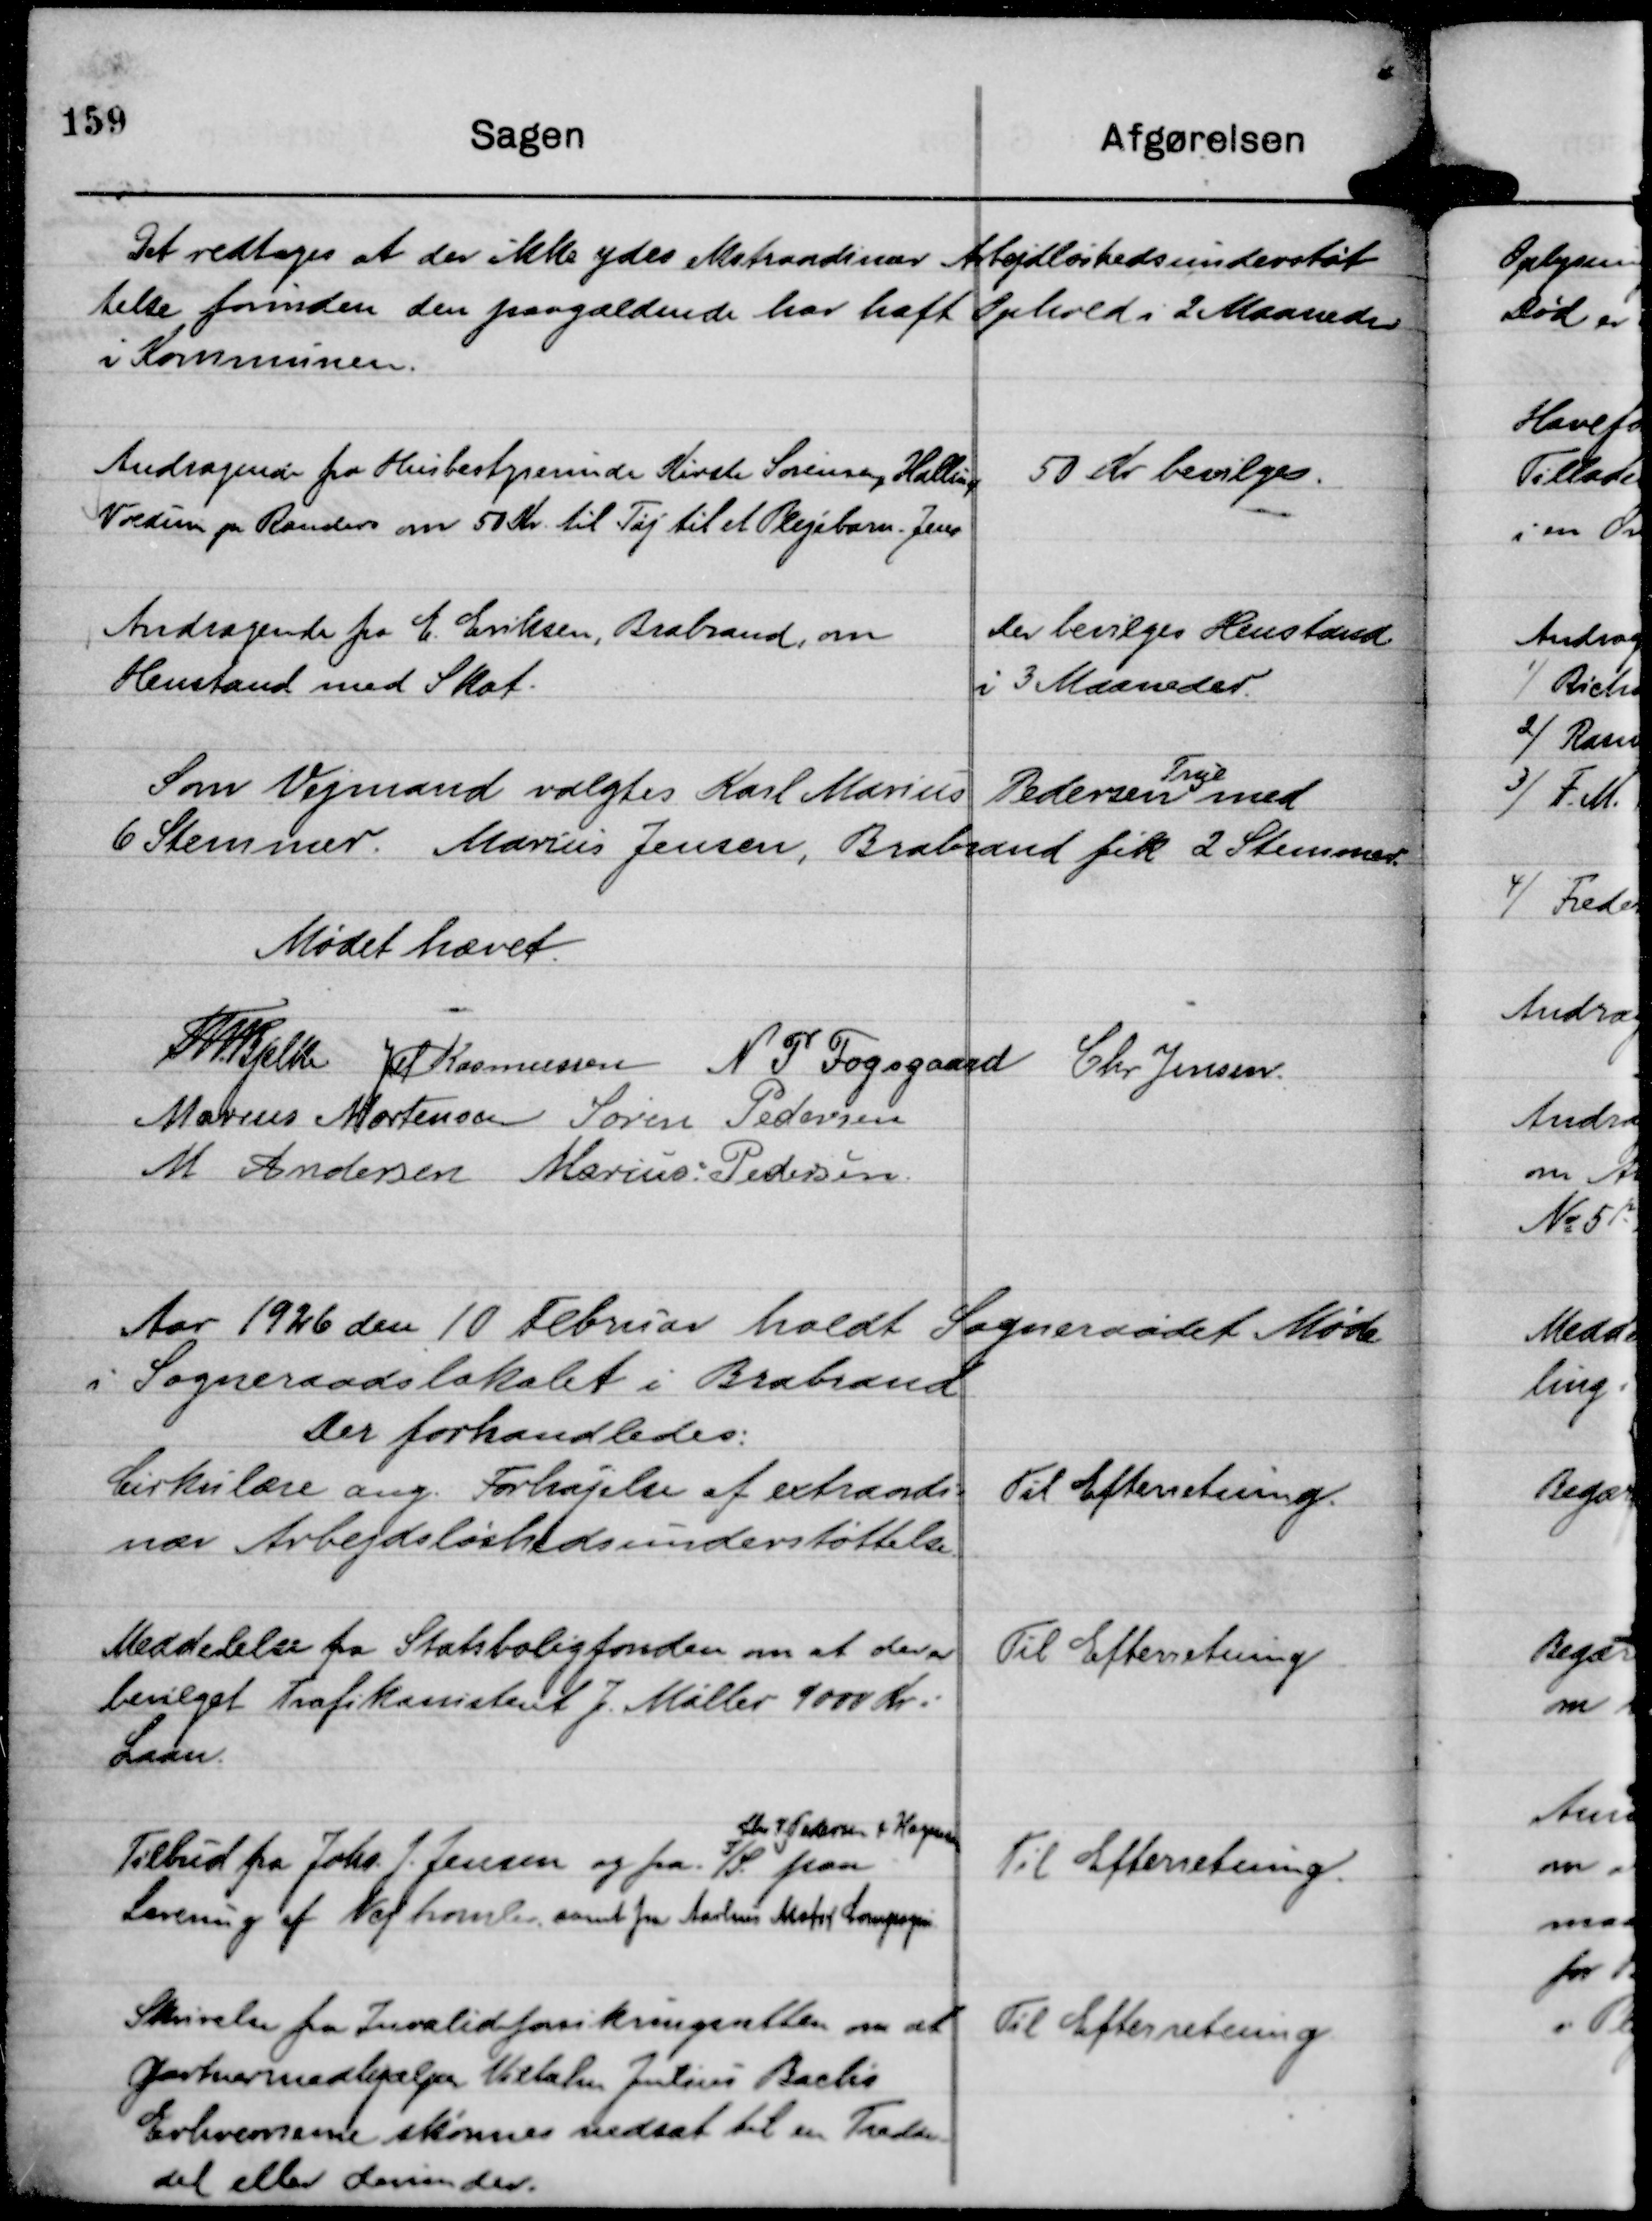
Transskription:
Det vedtoges at der ikke ydes ekstraordinær Arbejdsløshedsunderstøt
telse forinden den paagældende har haft Ophold i 2 Maaneder
i Kommunen.

Andragende fra Husbestyrerinde Kirste Sørensen, Halling
Voldum pr Randers om 50 Kr. til Tøj til et Plejebarn - Jens

50 Kr bevilges.

Andragende fra E. Eriksen, Brabrand, om
Henstand med Skat.

Der bevilges Henstand
i 3 Maaneder.

Som Vejmand valgtes Karl Marius Pedersen
True
med
6 Stemmer. Marius Jensen, Brabrand fik 2 Stemmer.

Mødet hævet.
Th Bjelke
JM Rasmussen
N P Fogsgaard
Chr Jensen.
Marius Mortensen
Søren Pedersen
M Andersen
Marius Pedersen.

Aar 1926 den 10 Februar holdt Sogneraadet Møde
i Sogneraadslokalet i Brabrand
Der forhandledes:

Cirkulære ang. Forhøjelse af extraordi-
nær Arbejdsløshedsunderstøttelse.

Til Efterretning.

Meddelelse fra Statsboligfonden om at der er
bevilget Trafikassistent J. Møller 9000 Kr i
Laan.

Til Efterretning

Tilbud fra Johs. J. Jensen og fra I/S.
Chr I. Pedersen & Hagensen
paa
Levering af Vejtromler, samt fra Aarhus Motor Compagni.

Til Efterretning.

Skrivelse fra Invalideforsikringsretten om at
Gartnermedhjælper Vilhelm Julius Bach's
Erhvervsevne skønnes nedsat til en Tredie-
del eller derunder.

Til Efterretning